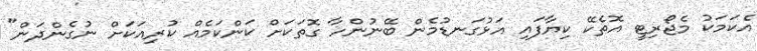
އެކަމަކު މެޖޯރިޓީ އޮތެކޭ ކިޔާފައި އަޅުގަނޑުމެން ބޭނުންހާ ގޮތަކަށް ކަންކަމެއް ކުރިއަކަށް ނުގެންދަން"